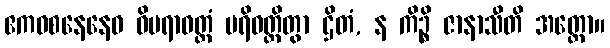
ဧကဝစနေနေဝ ဝိပရာဝတ္တံ ပရိဝတ္တိတွာ ဌိတံ, န ကိဉ္စိ ဇာနာသီတိ အတ္ထော။